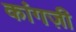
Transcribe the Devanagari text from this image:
कांगज़ी